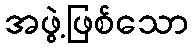
အဖွဲ့ဖြစ်သော